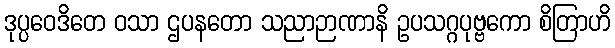
ဒုပ္ပဝေဒိတေ ဝသာ ဌပနတော သညာဉာဏာနိ ဥပသဂ္ဂပုဗ္ဗကော စိတြာဟိ